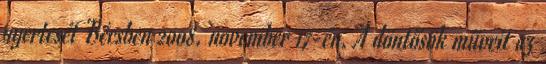
nyertesét Bécsben 2008. november 17-én. A döntősök műveit az